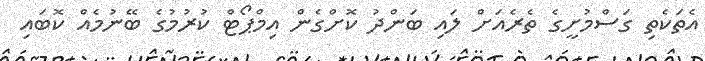
އެތަކެތި ގަސްމުށީގެ ތެރެއަށް ލައި ބަންދު ކޮށްގެން އިމްޕޯޓް ކުރުމުގެ ބޭނުމެއް ކޮބައި